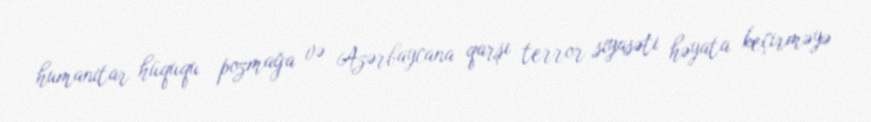
humanitar hüququ pozmağa və Azərbaycana qarşı terror siyasəti həyata keçirməyə